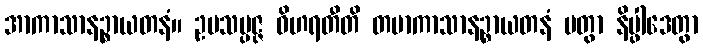
အာကာသာနဉ္စာယတနံ။ ဥပသမ္ပဇ္ဇ ဝိဟရတီတိ တမာကာသာနဉ္စာယတနံ ပတွာ နိပ္ဖါဒေတွာ